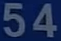
54